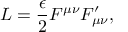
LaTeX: { \cal L } = { \frac { \epsilon } { 2 } } F ^ { \mu \nu } F _ { \mu \nu } ^ { \prime } ,